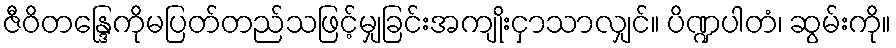
ဇီဝိတန္ဒြေကိုမပြတ်တည်သဖြင့်မျှခြင်းအကျိုးငှာသာလျှင်။ ပိဏ္ဍပါတံ၊ ဆွမ်းကို။